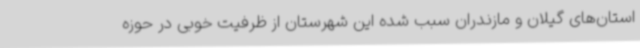
استان‌های گیلان و مازندران سبب شده این شهرستان از ظرفیت خوبی در حوزه